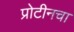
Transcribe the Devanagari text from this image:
प्रोटीनचा